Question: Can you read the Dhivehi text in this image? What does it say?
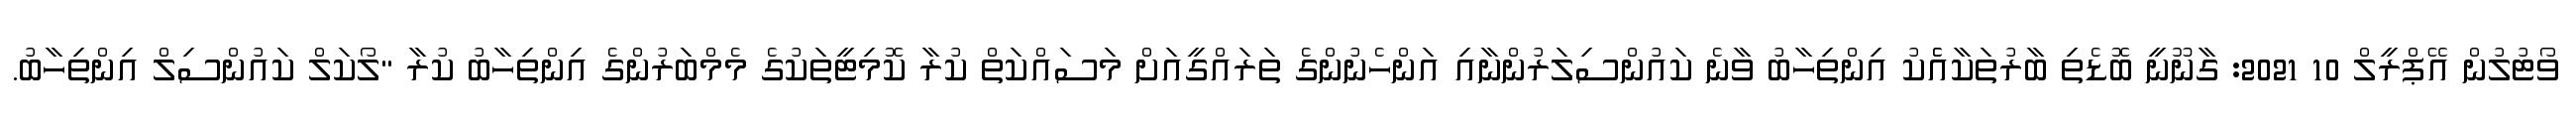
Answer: ވޯޓުލުން އޭޕްރީލް 10 2021: ގާނޫނީ ބޮޑެތި ބާރުތަކާއެެކު އިންތިހާބު ވާނެ ކައުންސިލަރުންނާއި އަންހެނުންގެ ތަރައްގީއަށް މަސައްކަތް ކުރާ ކޮމިޓީތަކުގެ މެމްބަރުންގެ އިންތިހާބު ކުރާ "ލޯކަލް ކައުންސިލް އިންތިހާބު.